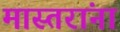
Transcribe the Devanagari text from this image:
मास्तरांना